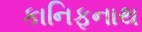
કાનિફનાથ